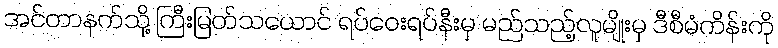
အင်တာနက်သို့ ကြီးမြတ်သယောင် ရပ်ဝေးရပ်နီးမှ မည်သည့်လူမျိုးမှ ဒီစီမံကိန်းကို